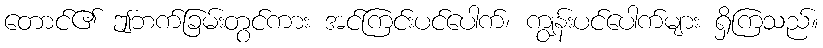
တောင်၏ ဤဘက်ခြမ်းတွင်ကား အင်ကြင်းပင်ပေါက်၊ ကျွန်းပင်ပေါက်များ ရှိကြသည်။